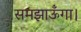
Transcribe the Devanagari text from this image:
समझाऊँगा।